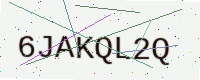
Text: 6JAKQL2Q